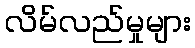
လိမ်လည်မှုများ